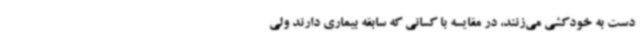
دست به خودکشی می‌زنند، در مقایسه با کسانی که سابقه بیماری دارند ولی